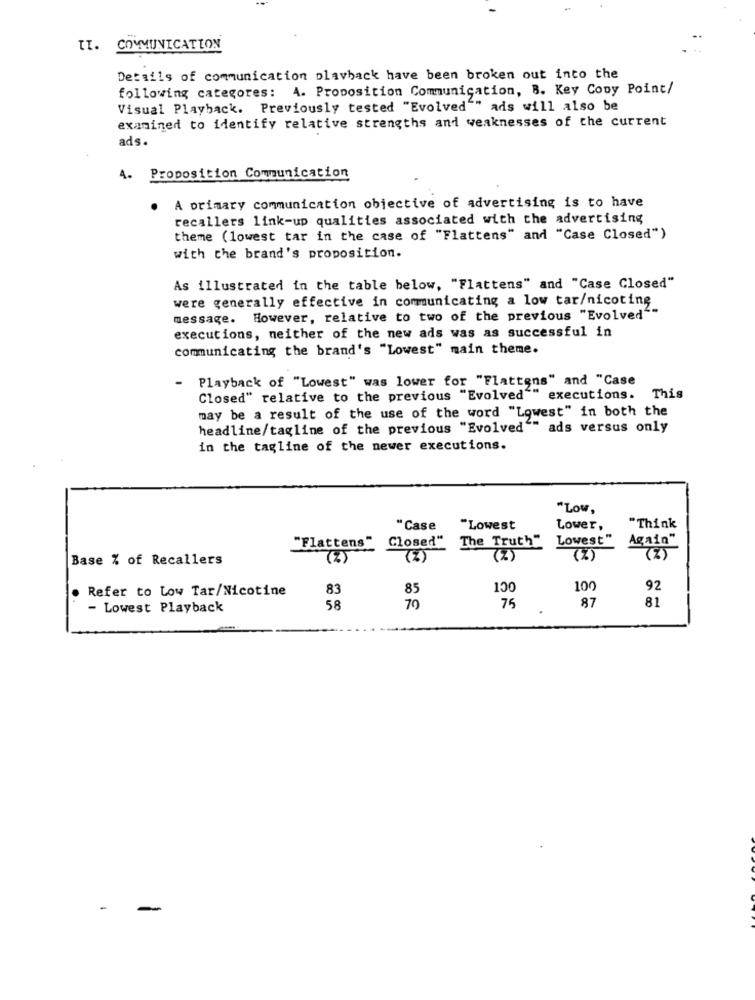
II. COMMUNICATION
Details of communication playback have been broken out into the
following categores: A. Proposition Communication, B. Key Coby Point/
Visual Playback. Previously tested "Evolved"" ads will also be
examined to identify relative strengths and weaknesses of the current
ads.
4. Proposition Communication
A primary communication objective of advertising is to have
recallers link-up qualities associated with the advertising
theme (lowest tar in the case of "Flattens" and "Case Closed")
with the brand's proposition.
As illustrated in the table below, "Flattens" and "Case Closed"
were generally effective in communicating a low tar/nicoting
message. However, relative to two of the previous "Evolved""
executions, neither of the new ads was as successful in
communicating the brand's "Lowest" main theme.
Playback of "Lowest" was lower for "Flattens" and "Case
Closed" relative to the previous "Evolved"" executions. This
may be a result of the use of the word "Lowest" in both the
headline/tagline of the previous "Evolved"" ads versus only
in the tagline of the newer executions.
"Low,
"Case
"Lowest
Lower,
"Think
"Flattens"
Closed"
The Truth"
Lowest"
Again"
Base % of Recallers
(Z)
(Z)
. Refer to Low Tar/Nicotine
83
85
100
100
92
87
81
- Lowest Playback
58
79
75